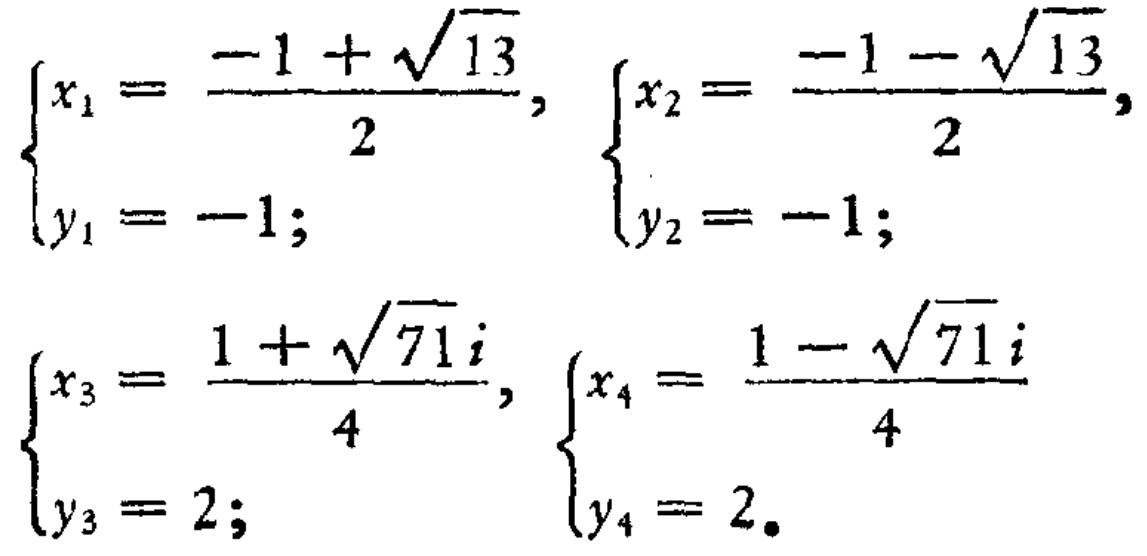
\[
\begin{cases}
x_1 = \frac{-1 + \sqrt{13}}{2}, \\
y_1 = -1;
\end{cases}
\quad
\begin{cases}
x_2 = \frac{-1 - \sqrt{13}}{2}, \\
y_2 = -1;
\end{cases}
\]
\[
\begin{cases}
x_3 = \frac{1 + \sqrt{71}i}{4}, \\
y_3 = 2;
\end{cases}
\quad
\begin{cases}
x_4 = \frac{1 - \sqrt{71}i}{4}, \\
y_4 = 2.
\end{cases}
\]